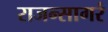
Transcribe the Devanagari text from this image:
राजन्सागरं